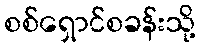
စစ်ရှောင်စခန်းသို့